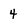
Character: 4